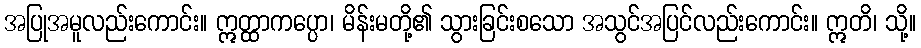
အပြုအမူလည်းကောင်း။ ဣတ္ထာကပ္ပော၊ မိန်းမတို့၏ သွားခြင်းစသော အသွင်အပြင်လည်းကောင်း။ ဣတိ၊ သို့။